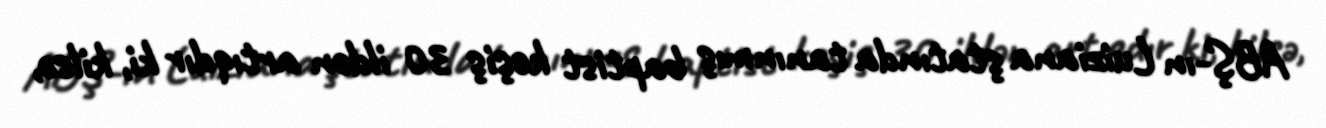
ABŞ-ın Luiziana ştatında tanınmış baptist keşiş 30 ildən artıqdır ki, kilsə,